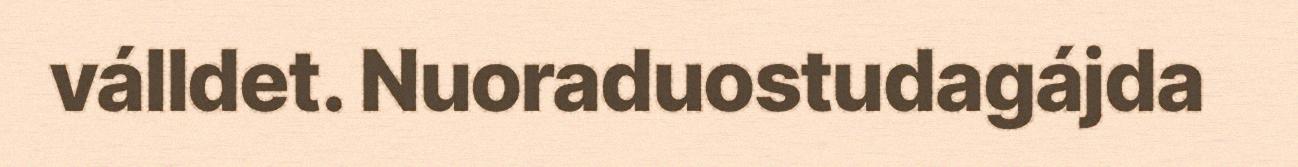
válldet. Nuoraduostudagájda